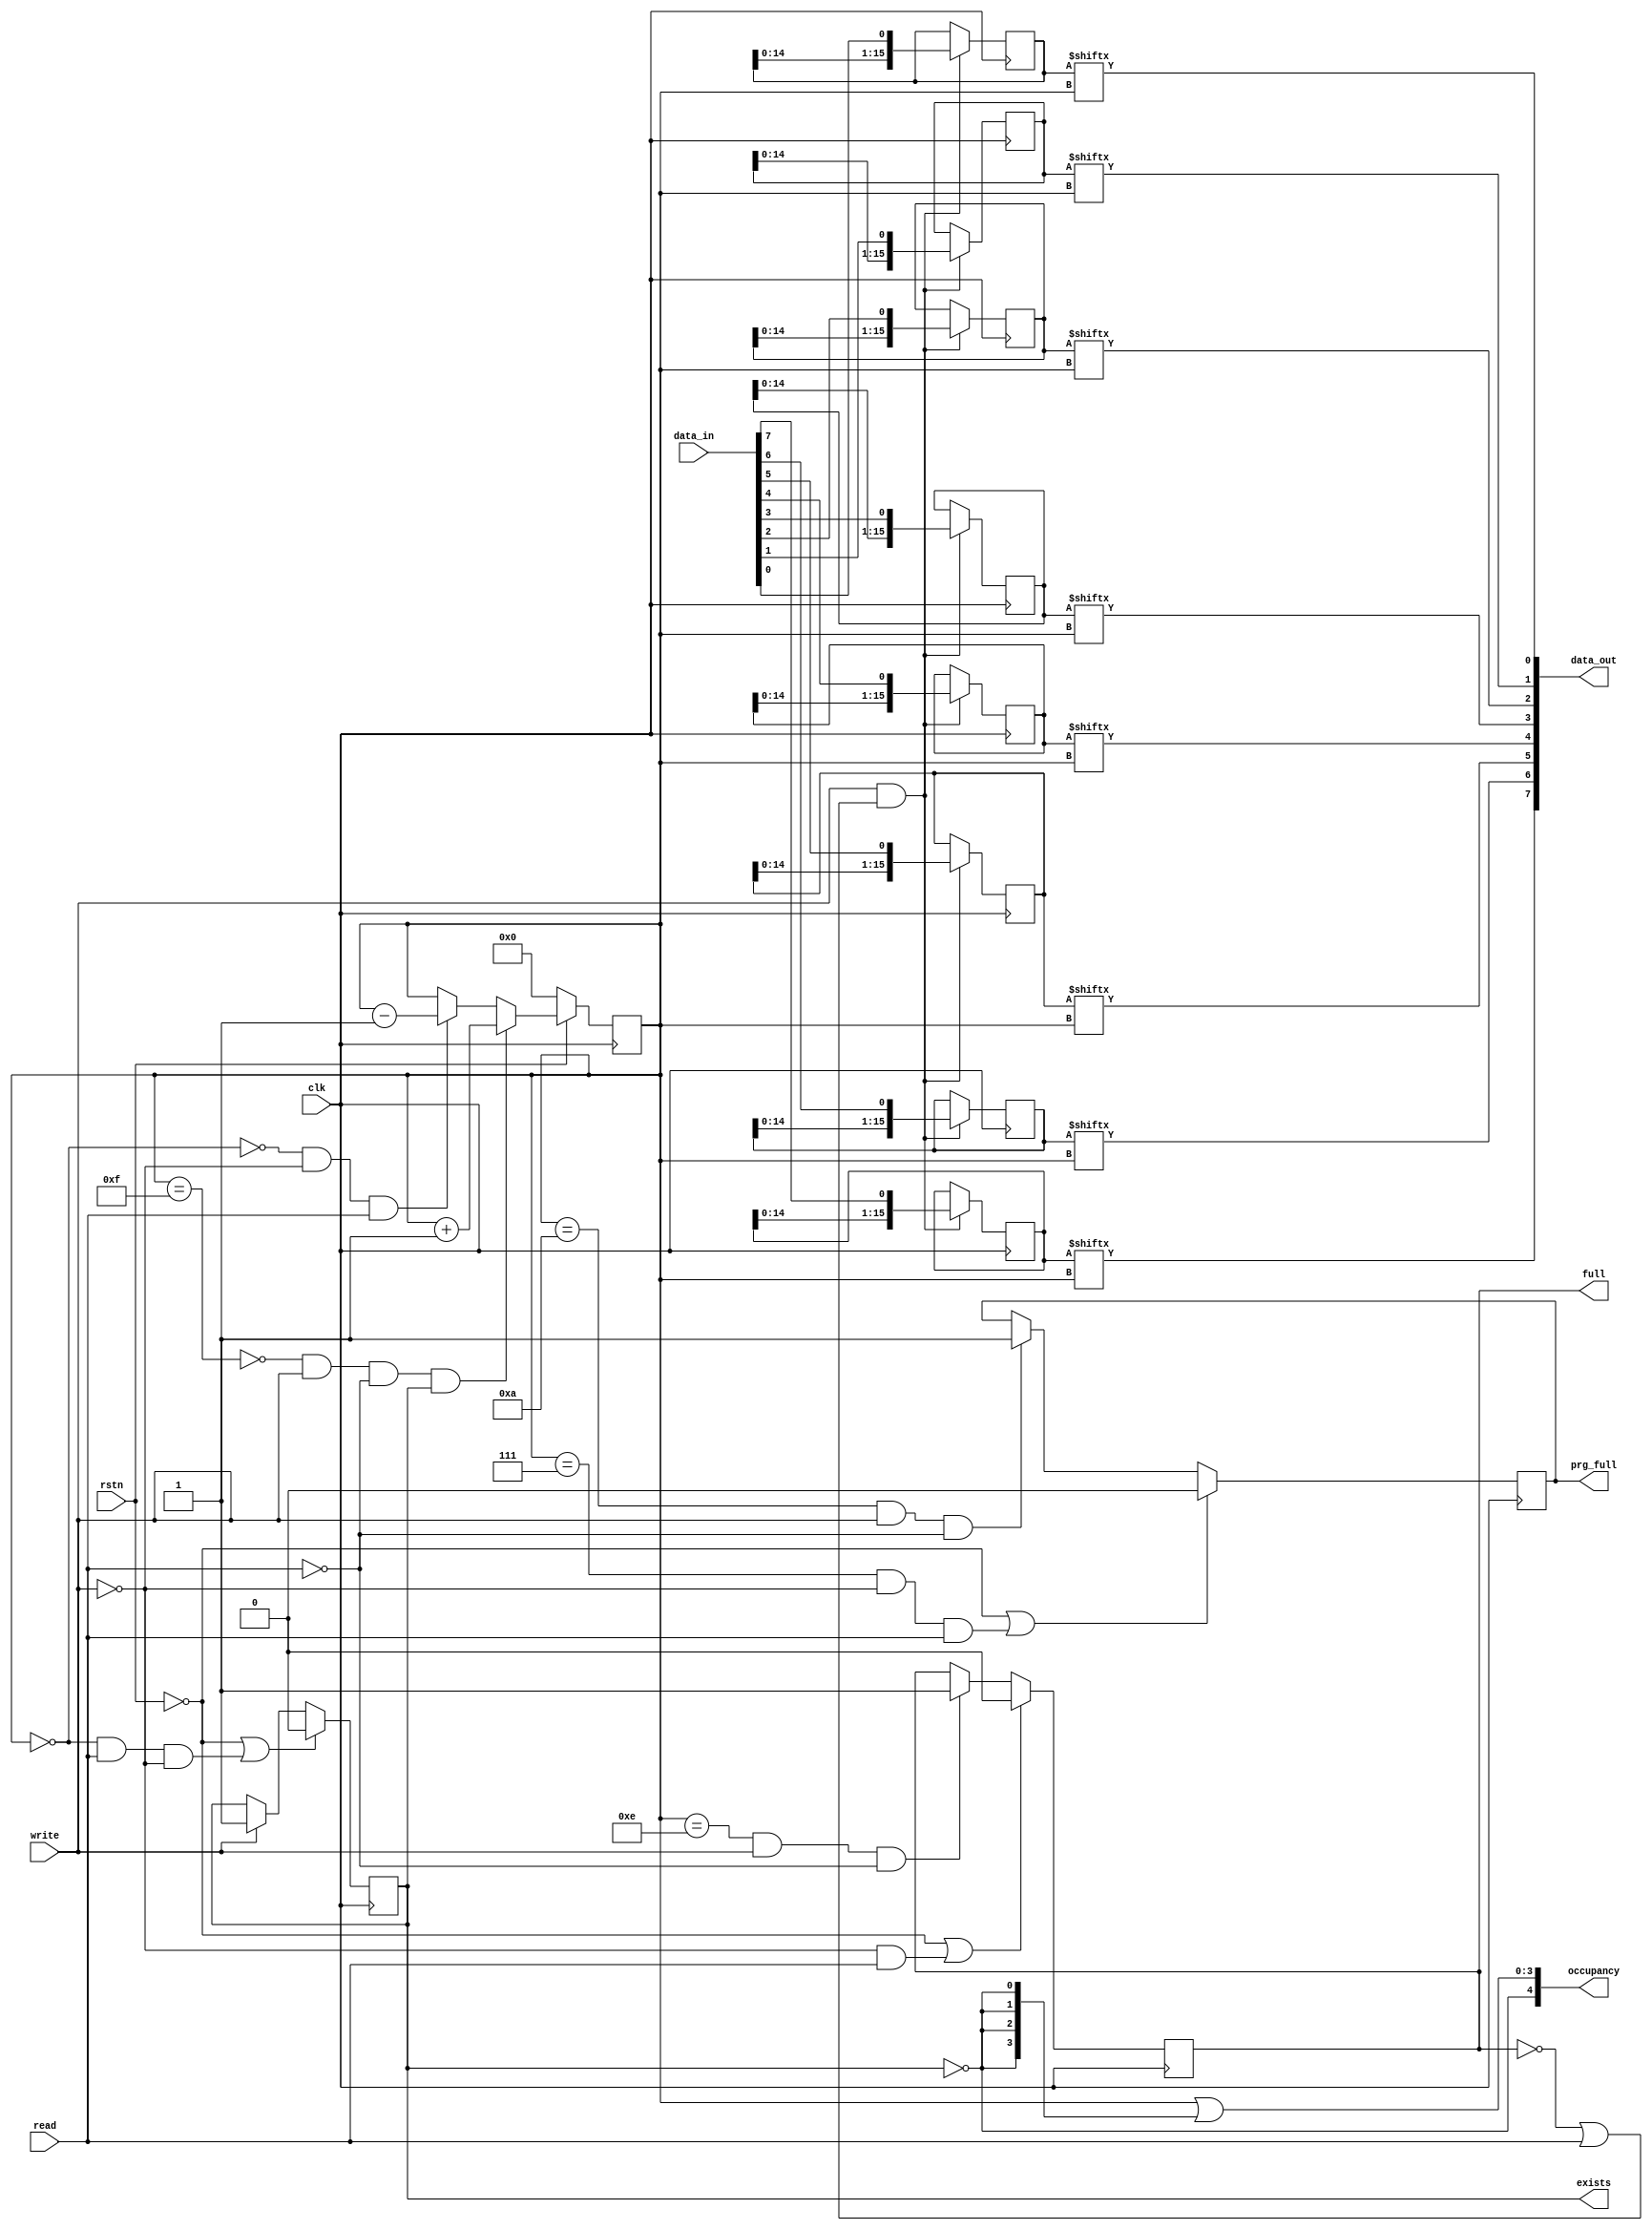
`timescale 1ns / 1ps
//`default_nettype none

//******************************************************************************
//* FIFO with configurable depth and word size.                                *
//******************************************************************************
module fifo(
   //Clock and reset.
   clk,                 //Clock signal
   rstn,                //Reset signal (active-low)
   
   //Data input and output.
   data_in,             //FIFO data input
   data_out,            //FIFO data output
   
   //Control inputs.
   write,               //FIFO write signal
   read,                //FIFO read signal
   
   //Status outputs.
   exists,              //FIFO is not empty
   full,                //FIFO is full
   prg_full,            //Programmable FULL flag
   occupancy            //FIFO occupancy
);

//******************************************************************************
//* Base 2 logarithm function.                                                 *
//******************************************************************************
function integer log2(input integer x);
   for (log2 = 0; x > 0; log2 = log2 + 1)
      x = x >> 1;
endfunction


//******************************************************************************
//* Parameters and ports.                                                      *
//******************************************************************************
//Depth of the FIFO.
parameter DEPTH            = 16;

//Number of bits in the data words.
parameter WIDTH            = 8;

//The programmable full flag is set to 1 when the FIFO
//contains at least PRG_FULL_H_TRESH data words.
parameter PRG_FULL_H_TRESH = 12;

//The programmable full flag is set to 0 when the FIFO
//contains less than PRG_FULL_L_TRESH data words.
parameter PRG_FULL_L_TRESH = 8;


//Width of the read address counter.
localparam CNT_LEN = log2(DEPTH - 1);


//Clock and reset.
input  wire             clk;        //Clock signal
input  wire             rstn;       //Reset signal (active-low)
   
//Data input and output.
input  wire [WIDTH-1:0] data_in;    //FIFO data input
output wire [WIDTH-1:0] data_out;   //FIFO data output
   
//Control inputs.
input  wire             write;      //FIFO write signal
input  wire             read;       //FIFO read signal
   
//Status outputs.
output reg              exists;     //FIFO is not empty
output reg              full;       //FIFO is full
output reg              prg_full;   //Programmable FULL flag
output wire [CNT_LEN:0] occupancy;  //FIFO occupancy


//******************************************************************************
//* Dynamic shift register.                                                    *
//******************************************************************************
reg  [DEPTH-1:0]   fifo_shr [WIDTH-1:0];
reg  [CNT_LEN-1:0] read_address;
wire               fifo_shr_en = write & (~full | read);

genvar i;   

generate
   for (i = 0; i < WIDTH; i = i + 1)
   begin : shr_loop
      always @(posedge clk)
         if (fifo_shr_en)
            fifo_shr[i] <= {fifo_shr[i][DEPTH-2:0], data_in[i]};
      
      assign data_out[i] = fifo_shr[i][read_address];
   end
endgenerate


//******************************************************************************
//* Read address counter.                                                      *
//******************************************************************************
wire read_address_min = (read_address == 0);
wire read_address_max = (read_address == (DEPTH - 1));
wire read_address_inc = ~read_address_max &  write & ~read & exists;
wire read_address_dec = ~read_address_min & ~write &  read;
  
always @(posedge clk)
begin
   if (rstn == 0)
      read_address <= 0;
   else
      if (read_address_inc)
         read_address <= read_address + 1;
      else
         if (read_address_dec)
            read_address <= read_address - 1;
end 


//******************************************************************************
//* FIFO status bits.                                                          *
//******************************************************************************
//FIFO not empty status flag.
wire exists_clr = read_address_min & read & ~write;
wire exists_set = write;

always @(posedge clk)
begin
   if ((rstn == 0) || exists_clr)
      exists <= 1'b0;
   else
      if (exists_set)
         exists <= 1'b1;
end

//FIFO full ststus flag.
wire full_set = (read_address == (DEPTH - 2)) & write & ~read;
wire full_clr = ~write & read;

always @(posedge clk)
begin
   if ((rstn == 0) || full_clr)
      full <= 1'b0;
   else
      if (full_set)
         full <= 1'b1;
end

//Programmable FULL status flag.
wire prg_full_set = (read_address == (PRG_FULL_H_TRESH - 2)) &  write & ~read;
wire prg_full_clr = (read_address == (PRG_FULL_L_TRESH - 1)) & ~write &  read;

always @(posedge clk)
begin
   if ((rstn == 0) || prg_full_clr)
      prg_full <= 1'b0;
   else
      if (prg_full_set)
         prg_full <= 1'b1;
end

//FIFO occupancy.
assign occupancy[CNT_LEN]     = ~exists;
assign occupancy[CNT_LEN-1:0] = read_address | {CNT_LEN{~exists}};


endmodule